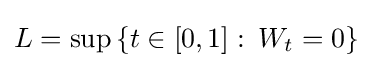
L=\sup \left\{t\in [0,1]\,\colon \,W_{t}=0\right\}